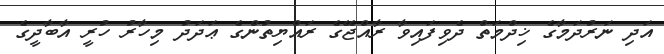
އަދި ނަރުދަމާގެ ޚިދްމަތް ދެވިފައިވާ ރާއްޖޭގެ ރައްޔިތުންގެ ޢަދަދު މިހާރު ހުރީ އާބާދީގެ